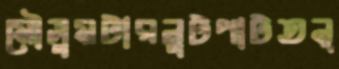
মৌসুমটারলুটপাটতন্